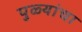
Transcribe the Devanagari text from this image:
पुळ्यांचा